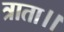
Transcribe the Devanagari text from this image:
त्राता।।